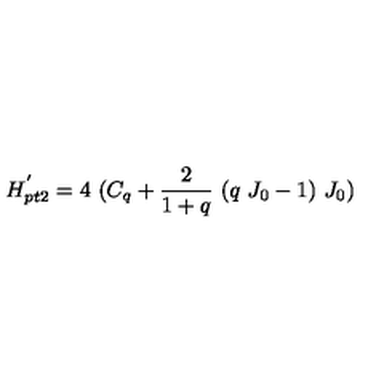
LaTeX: H _ { p t 2 } ^ { ^ { \prime } } = 4 \ ( C _ { q } + \frac { 2 } { 1 + q } \ ( q \ J _ { 0 } - 1 ) \ J _ { 0 } )